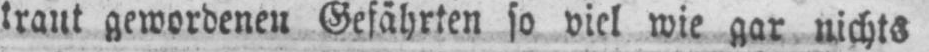
traut gewordenen Gefährten so viel wie gar nichts